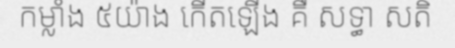
កម្លាំង ៥យ៉ាង កើតឡើង គឺ សទ្ធា សតិ